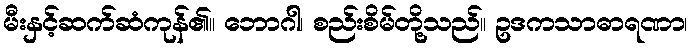
မီးနှင့်ဆက်ဆံကုန်၏။ ဘောဂါ၊ စည်းစိမ်တို့သည်။ ဥဒကသာဓာရဏာ၊